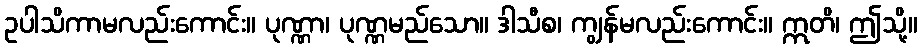
ဥပါသိကာမလည်းကောင်း။ ပုဏ္ဏာ၊ ပုဏ္ဏမည်သော။ ဒါသီစ၊ ကျွန်မလည်းကောင်း။ ဣတိ၊ ဤသို့။